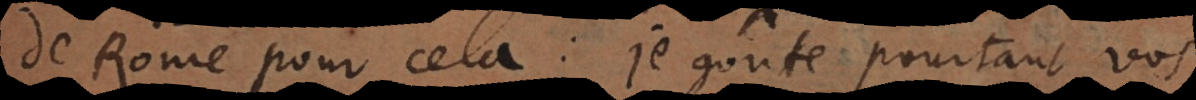
de Rome pour cela: je goûte pourtant vos